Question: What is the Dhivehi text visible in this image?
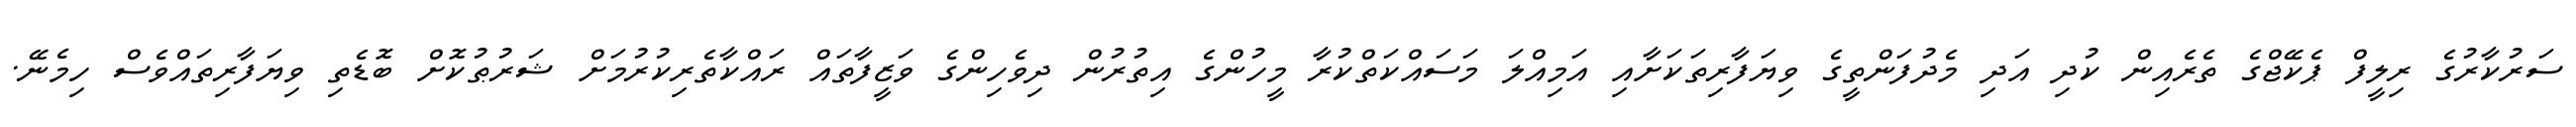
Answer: ސަރުކާރުގެ ރިލީފް ޕެކޭޖްގެ ތެރެއިން ކުދި އަދި މެދުފަންތީގެ ވިޔަފާރިތަކަށާއި އަމިއްލަ މަސައްކަތްކުރާ މީހުންގެ އިތުރުން ދިވެހިންގެ ވަޒީފާތައް ރައްކާތެރިކުރުމަށް ޝަރުޠުކޮށް ބޮޑެތި ވިޔަފާރިތައްވެސް ހިމެނޭ.